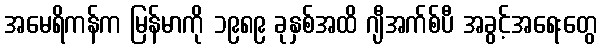
အမေရိကန်က မြန်မာကို ၁၉၈၉ ခုနှစ်အထိ ဂျီအက်စ်ပီ အခွင့်အရေးတွေ